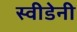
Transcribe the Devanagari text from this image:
स्वीडेनी